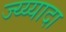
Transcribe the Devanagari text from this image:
ज्य्य्यादा